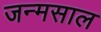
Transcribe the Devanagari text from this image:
जन्मसाल